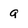
Character: g